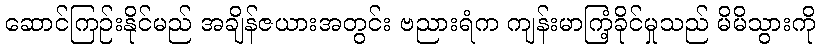
ဆောင်ကြဉ်းနိုင်မည် အချိန်ဇယားအတွင်း ဗညားရံက ကျန်းမာကြံ့ခိုင်မှုသည် မိမိသွားကို